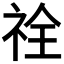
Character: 𮁵